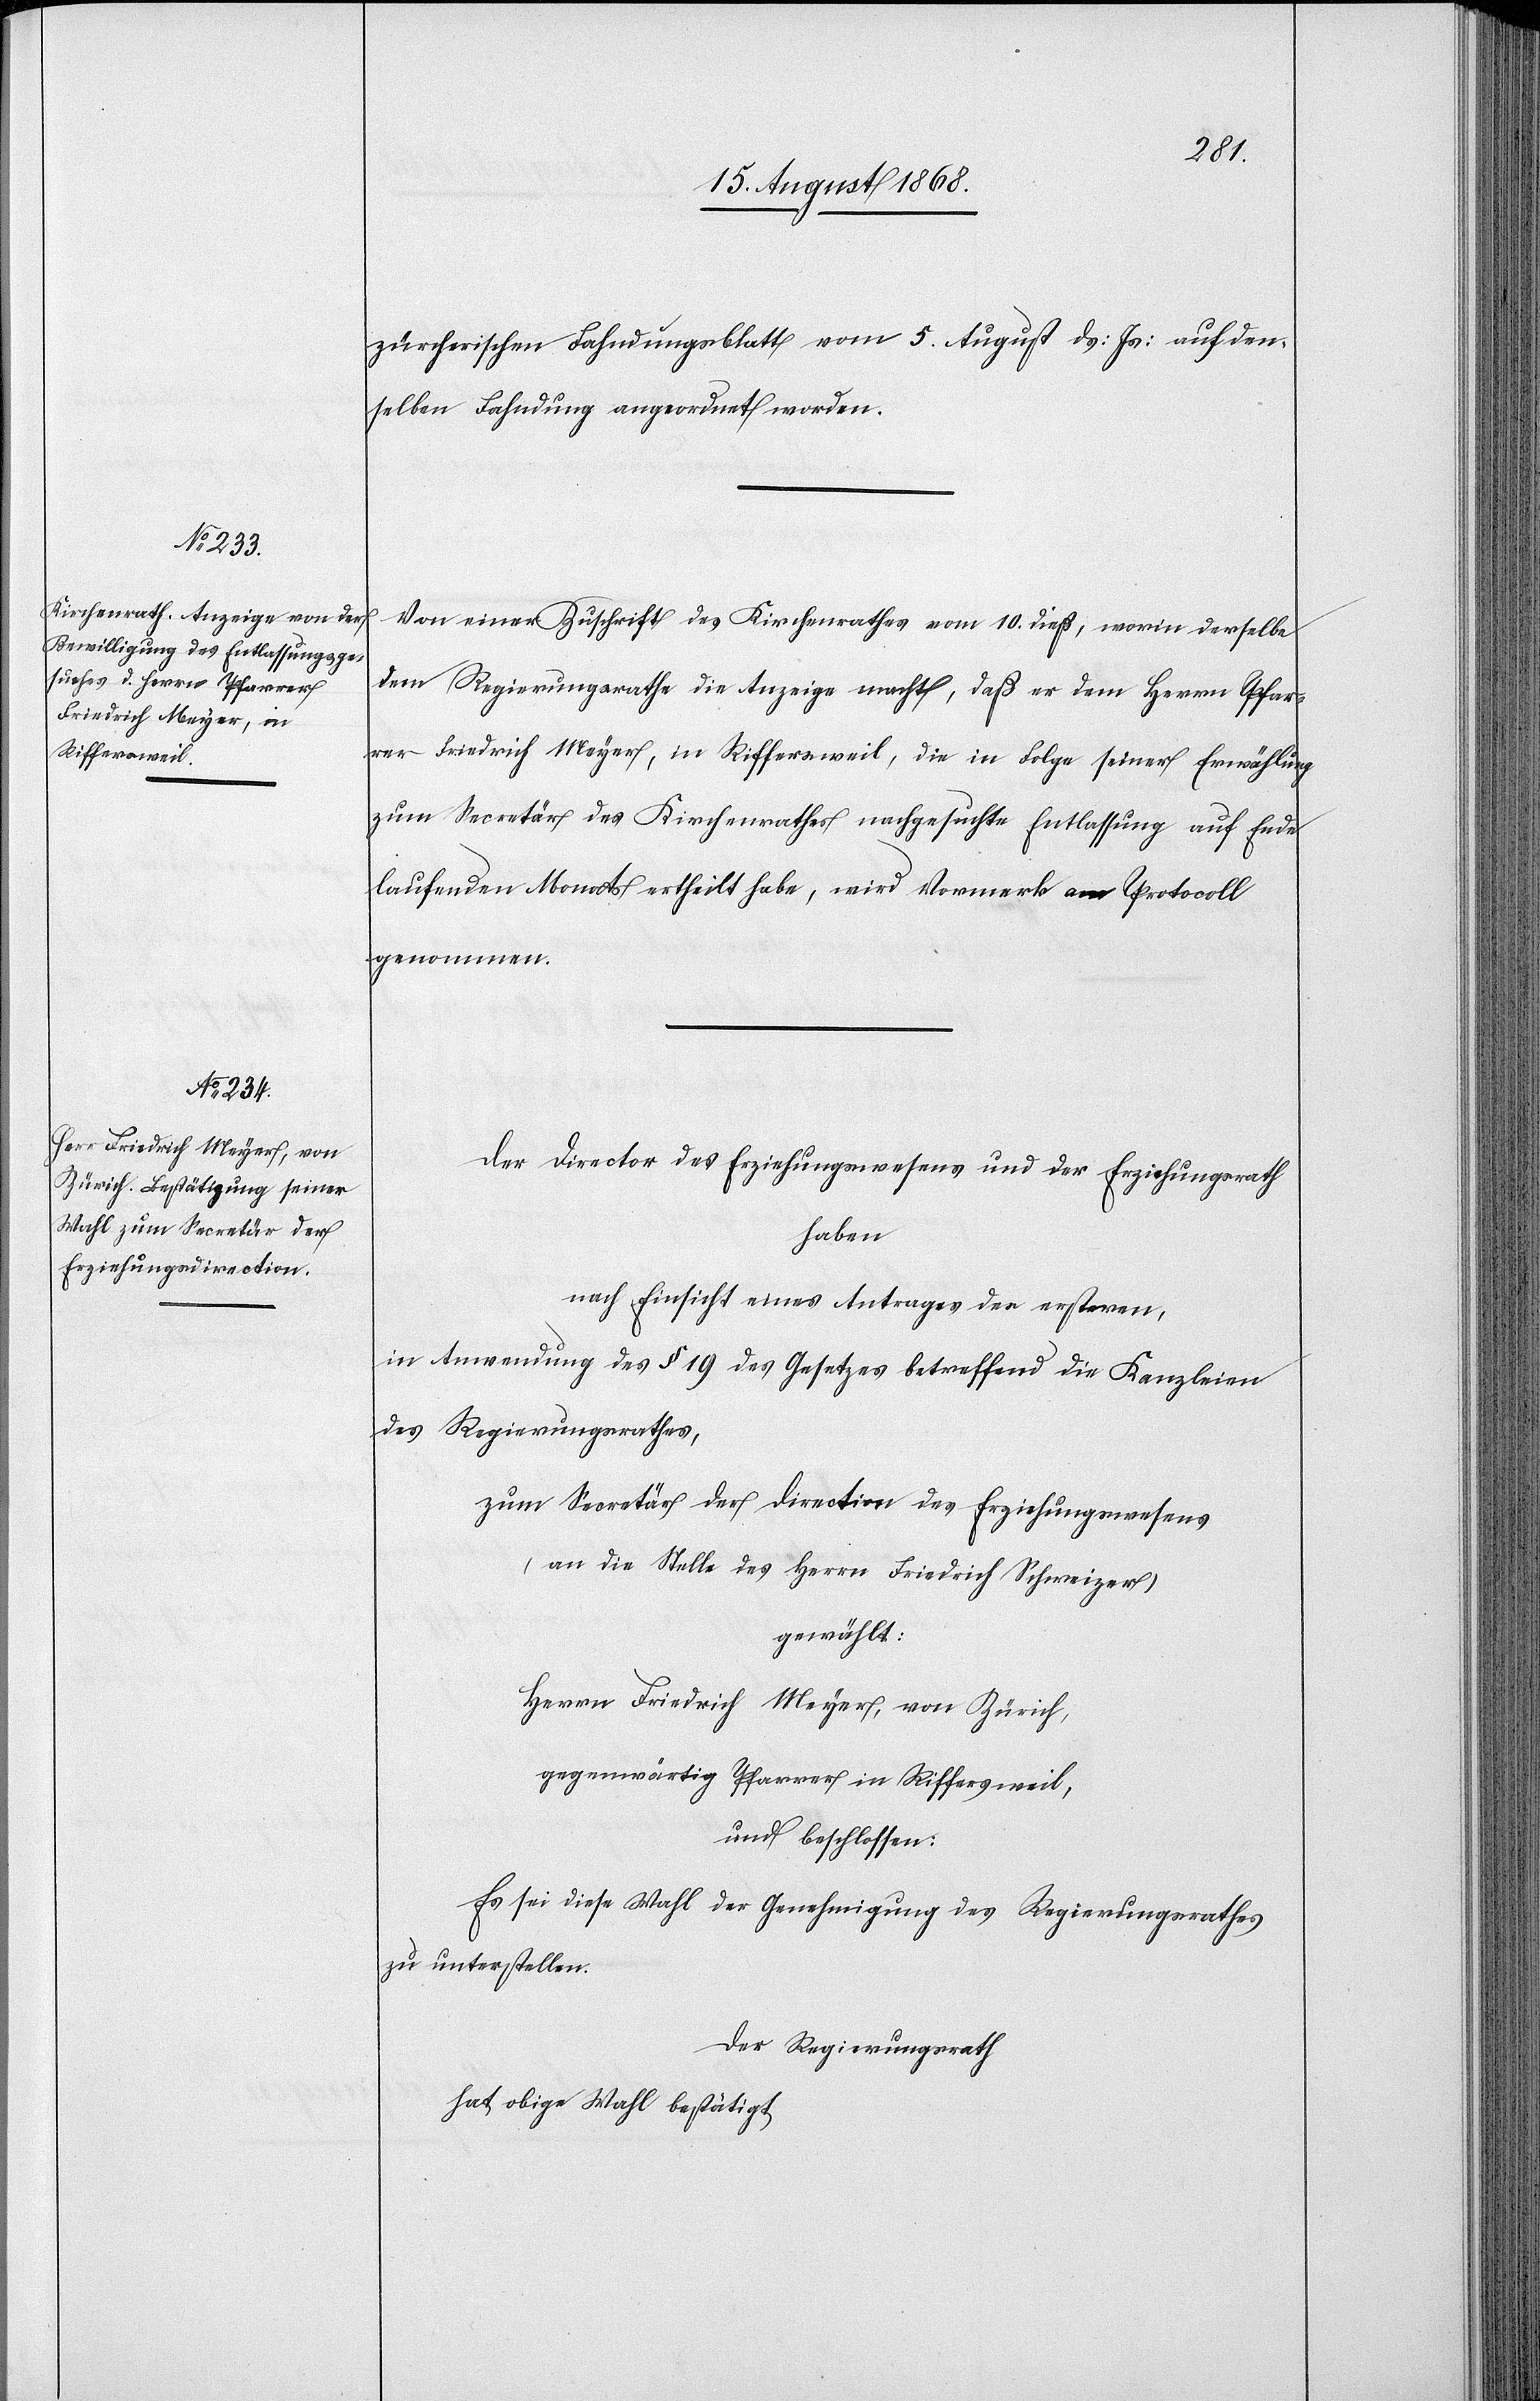
zürcherischen Fahndungsblatt vom 5. August ds: Js: auf den¬
selben Fahndung angeordnet worden.
Von einer Zuschrift des Kirchenrathes vom 10. dieß, worin derselbe
dem Regierungsrathe die Anzeige macht, daß er dem Herrn Pfar¬
rer Friedrich Meyer, in Riffersweil, die in Folge seiner Erwählung
zum Secretär des Kirchenrathes nachgesuchte Entlassung auf Ende
laufenden Monats ertheilt habe, wird Vormerk am Protocoll
genommen.
Der Director des Erziehungswesens und der Erziehungsrath
haben
nach Einsicht eines Antrages des ersteren,
in Anwendung des § 19 des Gesetzes betreffend die Kanzleien
des Regierungsrathes,
zum Secretär der Direction des Erziehungswesens
(an die Stelle des Herrn Friedrich Schweizer)
gewählt:
Herrn Friedrich Meyer, von Zürich,
gegenwärtig Pfarrer in Riffersweil,
und beschlossen:
Es sei diese Wahl der Genehmigung des Regierungsrathes
zu unterstellen.
Der Regierungsrath
hat obige Wahl bestätigt